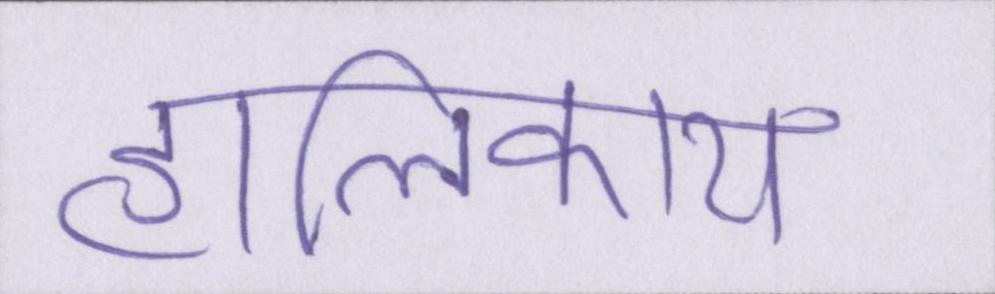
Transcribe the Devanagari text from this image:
हालिकाय